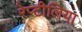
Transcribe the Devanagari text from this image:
रेप्टीलिया